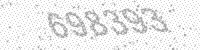
Solution: 698393